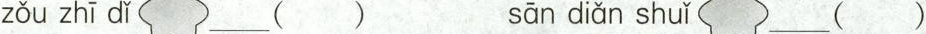
zǒu zhī dǐ ___() sān diǎn shuǐ___()